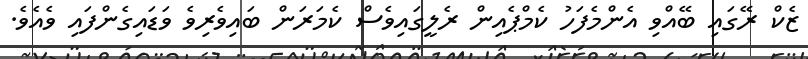
ޒެކް ރޭގައި ބޭއްވި އެންމެފަހު ކެމްޕެއިން ރެލީގައިވެސް ކެމަރަން ބައިވެރިވެ ވަޑައިގެންފައި ވެއެވެ.